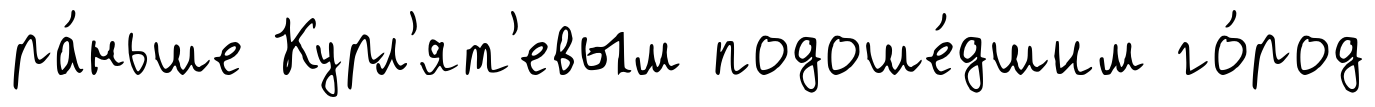
ра́ньше Курл'ят'евым подоше́дшим го́род